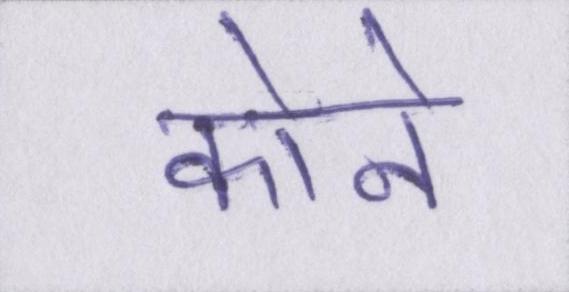
कोने